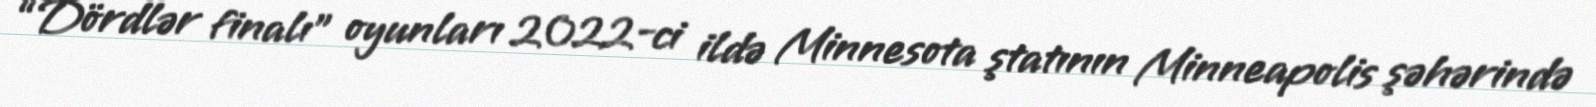
“Dördlər finalı” oyunları 2022-ci ildə Minnesota ştatının Minneapolis şəhərində